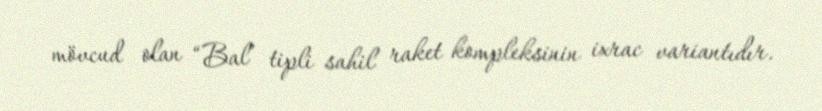
mövcud olan “Bal” tipli sahil raket kompleksinin ixrac variantıdır.